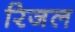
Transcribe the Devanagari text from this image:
रिजल